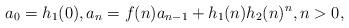
LaTeX: \begin{align*}a_0 = h_1(0), a_n = f(n)a_{n-1} + h_1(n)h_2(n)^n, n>0,\end{align*}